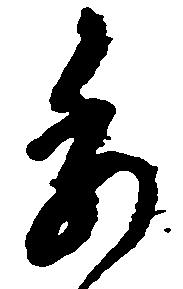
委